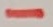
Text: -